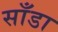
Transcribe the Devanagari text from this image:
साँडा